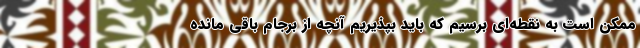
ممکن است به نقطه‌ای برسیم که باید بپذیریم آنچه از برجام باقی مانده